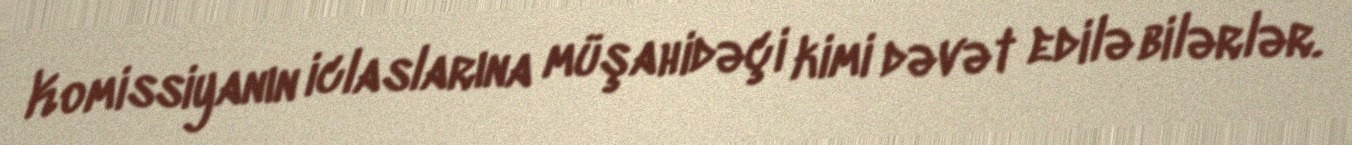
Komissiyanın iclaslarına müşahidəçi kimi dəvət edilə bilərlər.